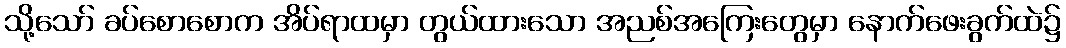
သို့သော် ခပ်စောစောက အိပ်ရာထမှာ တွယ်ထားသော အညစ်အကြေးတွေမှာ နောက်ဖေးခွက်ထဲ၌